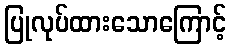
ပြုလုပ်ထားသောကြောင့်